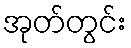
အုတ်တွင်း